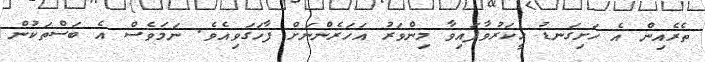
ތެރެއިން އެ ހަށިގަނޑު ހީކަރުވާފައިވާ މިންވަރު އަހަރެންނަށް ފާހަގަވިއެވެ. ނަމަވެސް އެ ބަސްތަކުން